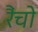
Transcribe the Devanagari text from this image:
रैंचो